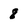
Character: 8